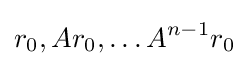
r_{0},Ar_{0},\ldots A^{n-1}r_{0}